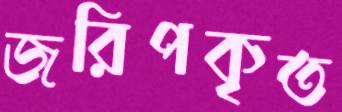
জরিপকৃত